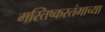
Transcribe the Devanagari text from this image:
मस्तिष्कस्तंभाच्या